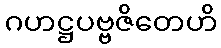
ဂဟဋ္ဌပဗ္ဗဇိတေဟိ